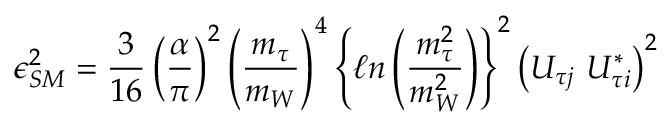
\epsilon _ { S M } ^ { 2 } = \frac { 3 } { 1 6 } \left( \frac { \alpha } { \pi } \right) ^ { 2 } \left( \frac { m _ { \tau } } { m _ { W } } \right) ^ { 4 } \left\{ \ell n \left( \frac { m _ { \tau } ^ { 2 } } { m _ { W } ^ { 2 } } \right) \right\} ^ { 2 } \left( U _ { \tau j } \ U _ { \tau i } ^ { * } \right) ^ { 2 }